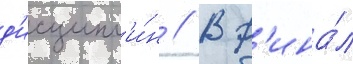
д'исципл'и́н // В ф'ина́л